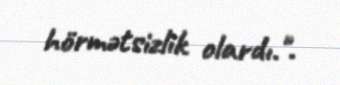
hörmətsizlik olardı.".